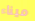
ميناء